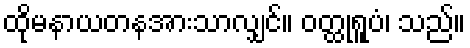
ထိုမနာယတနအားသာလျှင်။ ဝတ္ထုရူပံ၊ သည်။